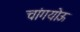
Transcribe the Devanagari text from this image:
चांगयोऊ